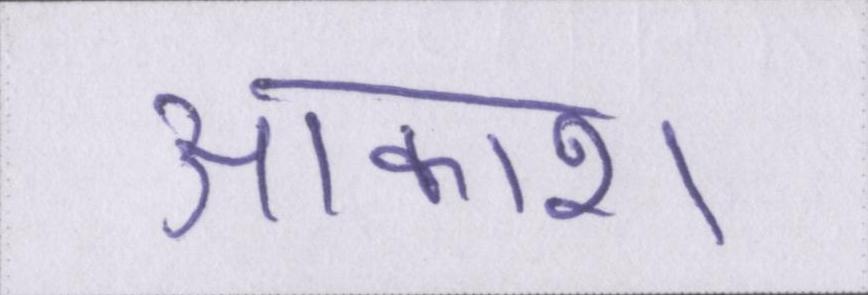
आकाश